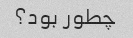
چطور بود؟